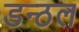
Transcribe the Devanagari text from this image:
डन्ठल